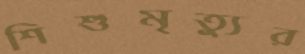
শিশুমৃত্যুর